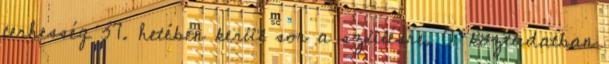
terhesség 37. hetében kerül sor a szülésre. A köztudatban